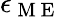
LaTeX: \epsilon_{\mathrm{~M~E~}}